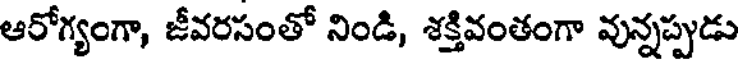
ఆరోగ్యంగా, జీవరసంతో నిండి, శక్తివంతంగా వున్నప్పుడు